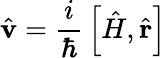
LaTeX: {\hat{\mathbf{v}}}={\frac{i}{\hbar}}\left[{\hat{H}},{\hat{\mathbf{r}}}\right]